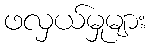
ဖလှယ်မှုများ